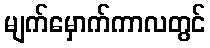
မျက်မှောက်ကာလတွင်